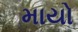
માયો